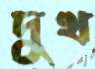
দুখ